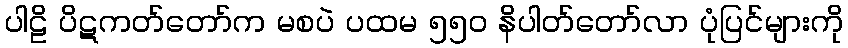
ပါဠိ ပိဋကတ်တော်က မစပဲ ပထမ ၅၅၀ နိပါတ်တော်လာ ပုံပြင်များကို